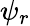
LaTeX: \psi_{r}